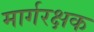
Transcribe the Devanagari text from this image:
मार्गरक्षक